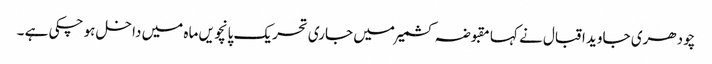
چودھری جاوید اقبال نے کہا مقبوضہ کشمیر میں جاری تحریک پانچویں ماہ میں داخل ہو چکی ہے ۔